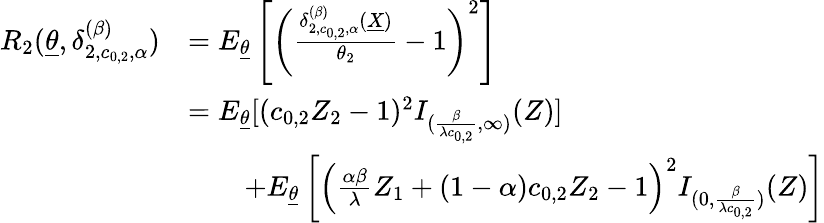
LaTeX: \begin{array}{rl}{R_{2}(\underline{{\theta}},\delta_{2,c_{0,2},\alpha}^{(\beta)})}&{=E_{\underline{{\theta}}}\left[\left(\frac{\delta_{2,c_{0,2},\alpha}^{(\beta)}(\underline{{X}})}{\theta_{2}}-1\right)^{2}\right]}\\ &{=E_{\underline{{\theta}}}[(c_{0,2}Z_{2}-1)^{2}I_{(\frac{\beta}{\lambda c_{0,2}},\infty)}(Z)]}\\ &{\qquad+E_{\underline{{\theta}}}\left[\left(\frac{\alpha\beta}{\lambda}Z_{1}+(1-\alpha)c_{0,2}Z_{2}-1\right)^{2}I_{(0,\frac{\beta}{\lambda c_{0,2}})}(Z)\right]}\end{array}